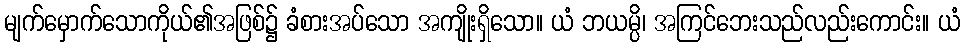
မျက်မှောက်သောကိုယ်၏အဖြစ်၌ ခံစားအပ်သော အကျိုးရှိသော။ ယံ ဘယမ္ပိ၊ အကြင်ဘေးသည်လည်းကောင်း။ ယံ